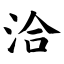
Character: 洽